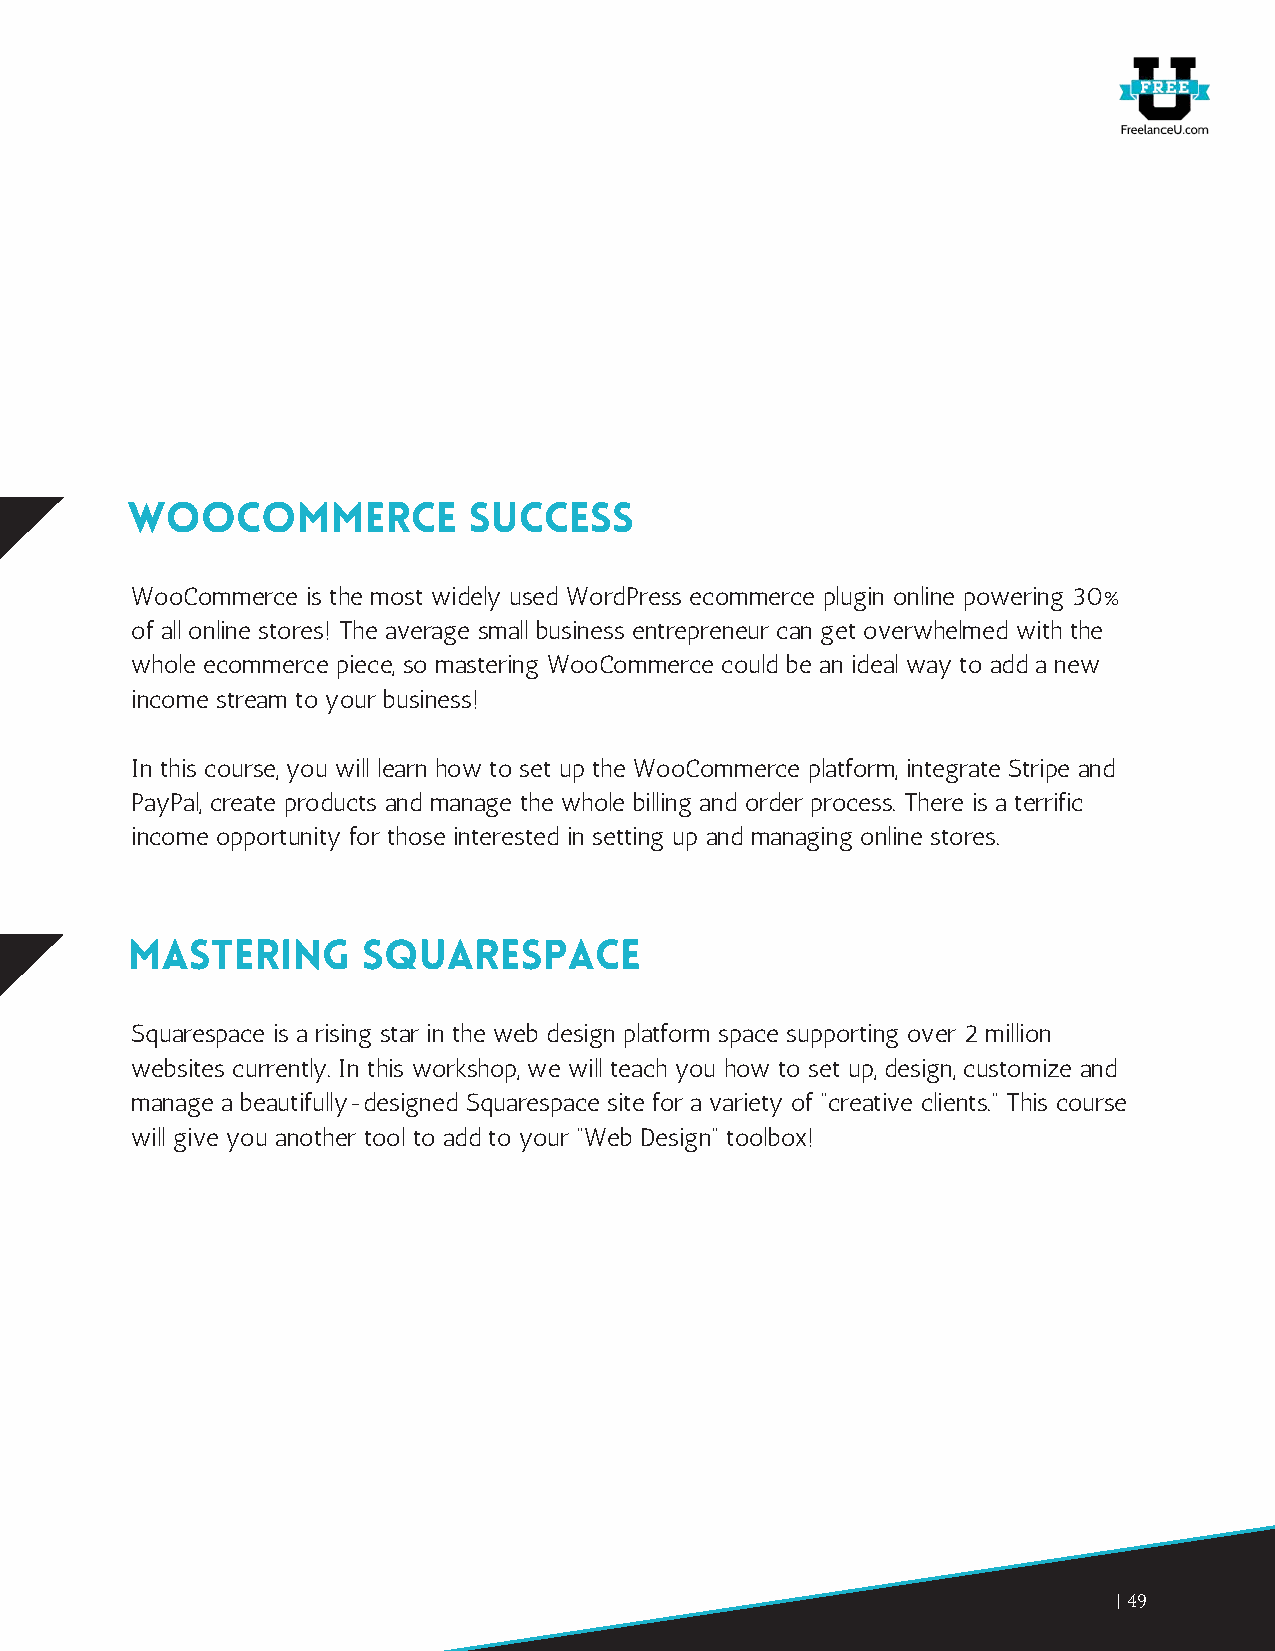
WooCommerce            Success
 WooCommerce is the most widely used WordPress ecommerce plugin online powering 30%
 of all online stores! The average small business entrepreneur can get overwhelmed with the
 whole ecommerce piece, so mastering WooCommerce could be an ideal way to add a new
 income stream to your business!
 In this course, you will learn how to set up the WooCommerce platform, integrate Stripe and
 PayPal, create products and manage the whole billing and order process. There is a terrific
 income opportunity for those interested in setting up and managing online stores.
 Mastering       Squarespace
 Squarespace is a rising star in the web design platform space supporting over 2 million
 websites currently. In this workshop, we will teach you how to set up, design, customize and
 manage a beautifully-designed Squarespace site for a variety of “creative clients.” This course
 will give you another tool to add to your “Web Design” toolbox!
 49